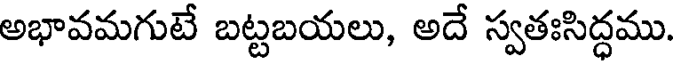
అభావమగుటే బట్టబయలు, అదే స్వతఃసిద్ధము.